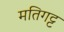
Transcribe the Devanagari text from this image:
मतिगट्ट